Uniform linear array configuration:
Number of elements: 8
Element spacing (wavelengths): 1
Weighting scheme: hann
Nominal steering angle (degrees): -60
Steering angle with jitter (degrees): -58.278
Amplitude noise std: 0.05
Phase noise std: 0.05

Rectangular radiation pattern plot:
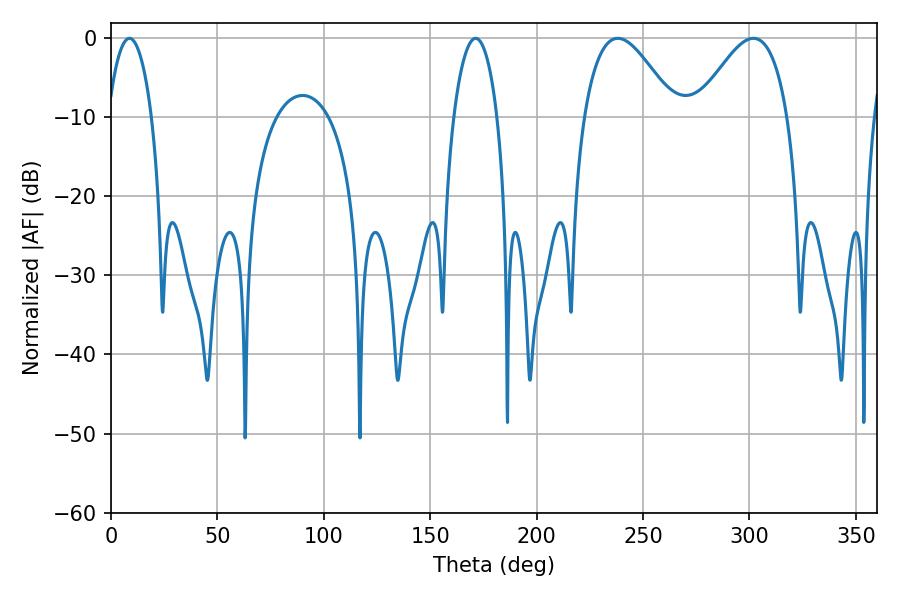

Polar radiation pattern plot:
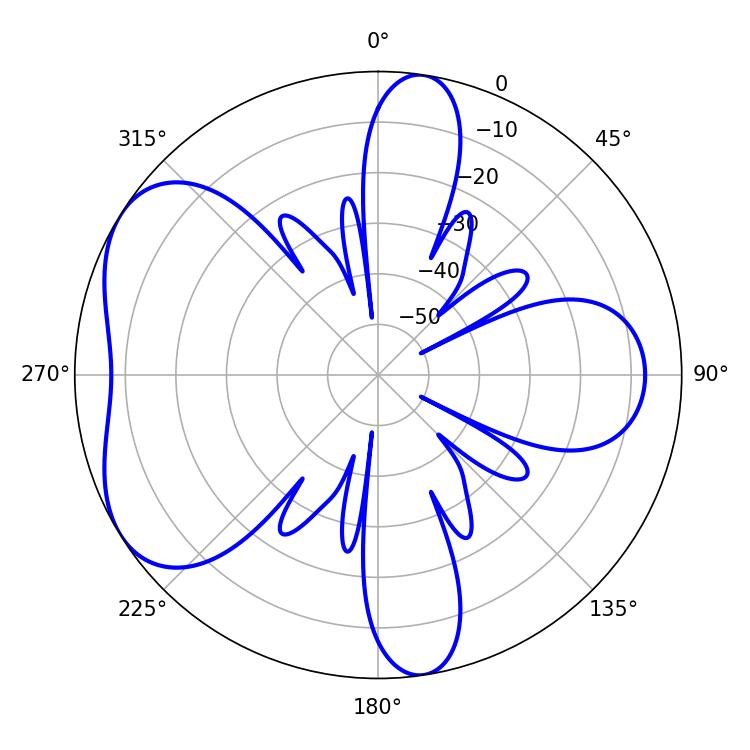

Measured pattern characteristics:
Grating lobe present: TRUE
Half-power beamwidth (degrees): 23.04
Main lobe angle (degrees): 301.86